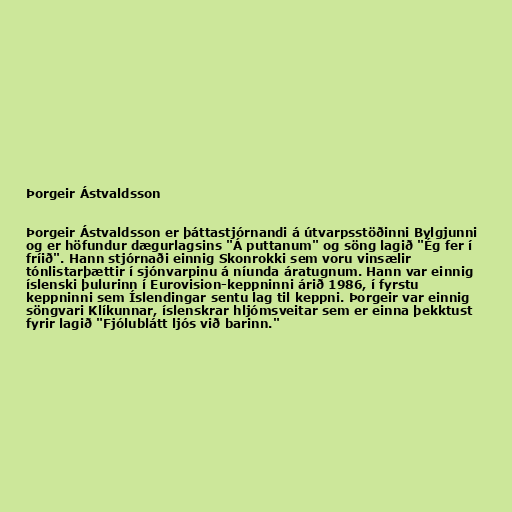
Þorgeir Ástvaldsson

Þorgeir Ástvaldsson er þáttastjórnandi á útvarpsstöðinni Bylgjunni
og er höfundur dægurlagsins "Á puttanum" og söng lagið "Ég fer í
fríið". Hann stjórnaði einnig Skonrokki sem voru vinsælir
tónlistarþættir í sjónvarpinu á níunda áratugnum. Hann var einnig
íslenski þulurinn í Eurovision-keppninni árið 1986, í fyrstu
keppninni sem Íslendingar sentu lag til keppni. Þorgeir var einnig
söngvari Klíkunnar, íslenskrar hljómsveitar sem er einna þekktust
fyrir lagið "Fjólublátt ljós við barinn."